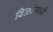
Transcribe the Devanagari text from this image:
बिळांमध्ये